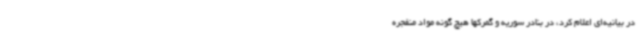
در بیانیه‌ای اعلام کرد، در بنادر سوریه و گمرکها هیچ گونه مواد منفجره